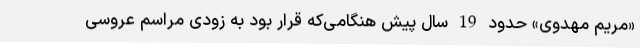
«مریم مهدوی» حدود 19 سال پیش هنگامی‌که قرار بود به ‌زودی مراسم عروسی